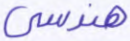
هندسي